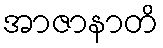
အာဇာနာတိ